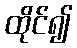
ထိုင်၍